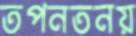
তপনতনয়